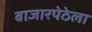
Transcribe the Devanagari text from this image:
बाजारपेठेला